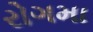
રોગમા